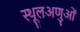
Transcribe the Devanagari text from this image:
स्थूलअणुओं